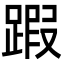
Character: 䠍